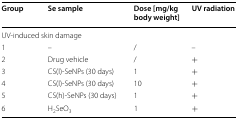
<table><thead><tr><td><b>Group</b></td><td><b>Se sample</b></td><td><b>Dose [mg/kg body weight]</b></td><td><b>UV radiation</b></td></tr></thead><tbody><tr><td colspan="4">UV-induced skin damage</td></tr><tr><td>1</td><td>–</td><td>/</td><td>–</td></tr><tr><td>2</td><td>Drug vehicle</td><td>/</td><td>+</td></tr><tr><td>3</td><td>CS(l)-SeNPs (30 days)</td><td>1</td><td>+</td></tr><tr><td>4</td><td>CS(l)-SeNPs (30 days)</td><td>10</td><td>+</td></tr><tr><td>5</td><td>CS(h)-SeNPs (30 days)</td><td>1</td><td>+</td></tr><tr><td>6</td><td>H<sub>2</sub>SeO<sub>3</sub></td><td>1</td><td>+</td></tr></tbody></table>